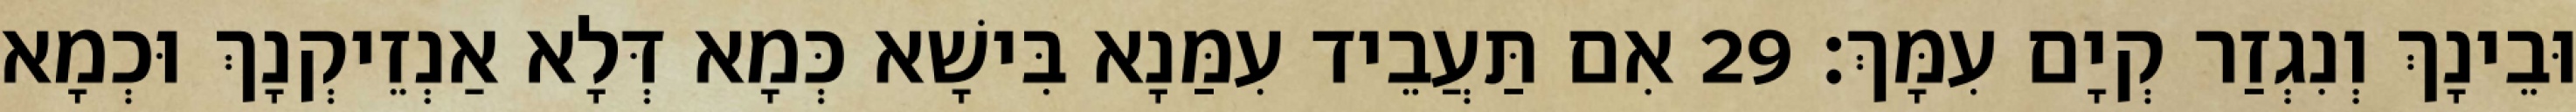
וּבֵינָךְ וְנִגְזַר קְיָם עִמָּךְ׃ 29 אִם תַּעֲבֵיד עִמַּנָא בִּישָׁא כְּמָא דְּלָא אַנְזֵיקְנָךְ וּכְמָא